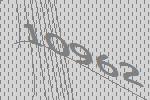
10962